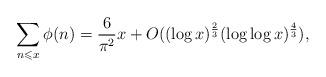
LaTeX: \begin{align*}\sum_{n\leqslant x} \phi(n)=\frac{6}{\pi^2}x+O((\log x)^\frac{2}{3}(\log\log x)^\frac{4}{3}),\end{align*}